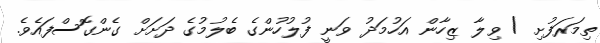
ތިމަރަފުށި / ވިލާ ޒިހާން އަހުމަދު ވަނީ ފުލުހުންގެ ބެލުމުގެ ދަށަށް ގެންގޮސްފައެވެ.